Indian journal of veterinary science and animal husbandry - Volume 10,
Year: 1940
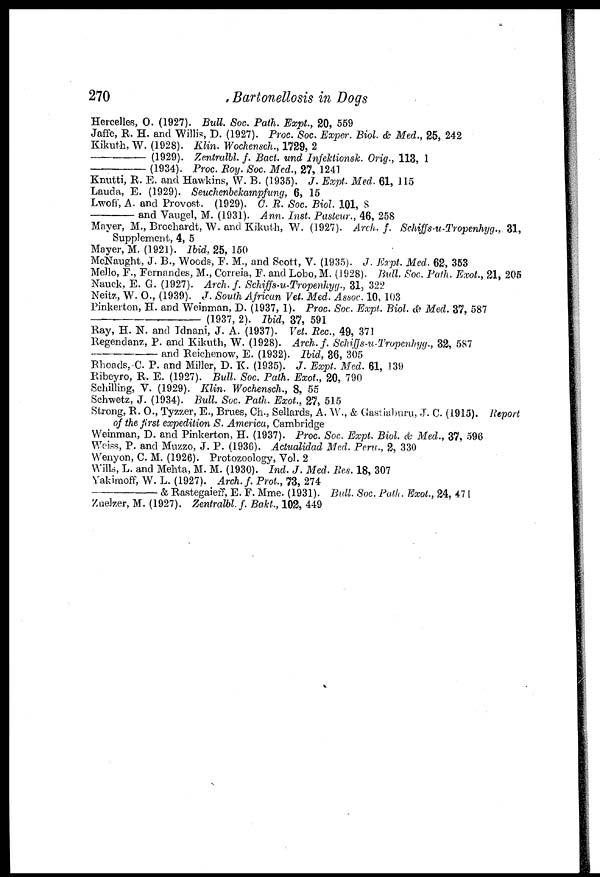
270
Bartonellosis in Dogs
Hercelles, O. (1927). Bull. Soc. Path. Expt., 20, 559
Jaffe, R. H. and Willis, D. (1927). Proc. Soc. Exper. Biol. & Med., 25, 242
Kikuth, W. (1928). Klin. Wochensch., 1729, 2
—(1929).
Zentralbl. f. Bact. und Infektionsk. Orig., 113, 1
—(1934).
Proc. Roy. Soc. Med., 27, 1241
Knutti, R. E. and Hawkins, W. B. (1935). J. Expt. Med. 61, 115
Lauda, E. (1929). Seuchenbekampfung, 6, 15
Lwoff, A. and Provost. (1929). C. R. Soc. Biol 101, 8
—and
Vaugel, M. (1931). Ann. Inst. Pasteur., 46, 258
Mayer, M., Brochardt, W. and Kikuth, W. (1927). Arch. f. Schiffs-u-Tropenhyg., 31,
Supplement, 4, 5
Mayer, M. (1921). Ibid, 25, 150
McNaught, J. B., Woods, F. M., and Scott, V. (1935). J. Expt. Med. 62, 353
Mello, F., Fernandes, M., Correia, F. and Lobo, M. (1928). Bull. Soc. Path. Exot., 21, 205
Nauck, E. G. (1927). Arch. f. Schiffs-u-Tropenhyg., 31, 322
Neitz, W. O., (1939). J. South African Vet. Med. Assoc. 10, 103
Pinkerton, H. and Weinman, D. (1937, 1). Proc. Soc. Expt. Biol. & Med. 37, 587
—(1937,
2). Ibid, 37, 591
Ray, H. N. and Idnani, J. A. (1937). Vet. Rec., 49, 371
Regendanz, P. and Kikuth, W. (1928). Arch. f. Schiffs-u-Tropenhyg., 32, 587
—and
Reichenow, E. (1932). Ibid, 36, 305
Rhoads, C. P. and Miller, D. K. (1935). J. Expt. Med. 61, 139
Ribeyro, R. E. (1927). Bull. Soc. Path. Exot., 20, 790
Schilling, V. (1929). Klin. Wochensch., 8, 55
Schwetz, J. (1934). Bull. Soc. Path. Exot., 27, 515
Strong, R. O., Tyzzer, E., Brues, Ch., Sellards, A. W., & Gastiaburu, J. C. (1915). Report
of the first expedition S. America, Cambridge
Weinman, D. and Pinkerton, H. (1937). Proc. Soc. Expt. Biol. & Med., 37, 596
Weiss, P. and Muzzo, J. P. (1936). Actualidad Med. Peru., 2, 330
Wenyon, C. M. (1926). Protozoology, Vol. 2
Wills, L. and Mehta, M. M. (1930). Ind. J. Med. Res. 18, 307
Yakimoff, W. L. (1927). Arch. f. Prot., 73, 274
—&
Rastegaieff, E. F. Mme. (1931). Bull. Soc. Path. Exot., 24, 471
Zuelzer, M. (1927). Zentralbl. f. Bakt., 102, 449